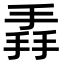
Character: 掱